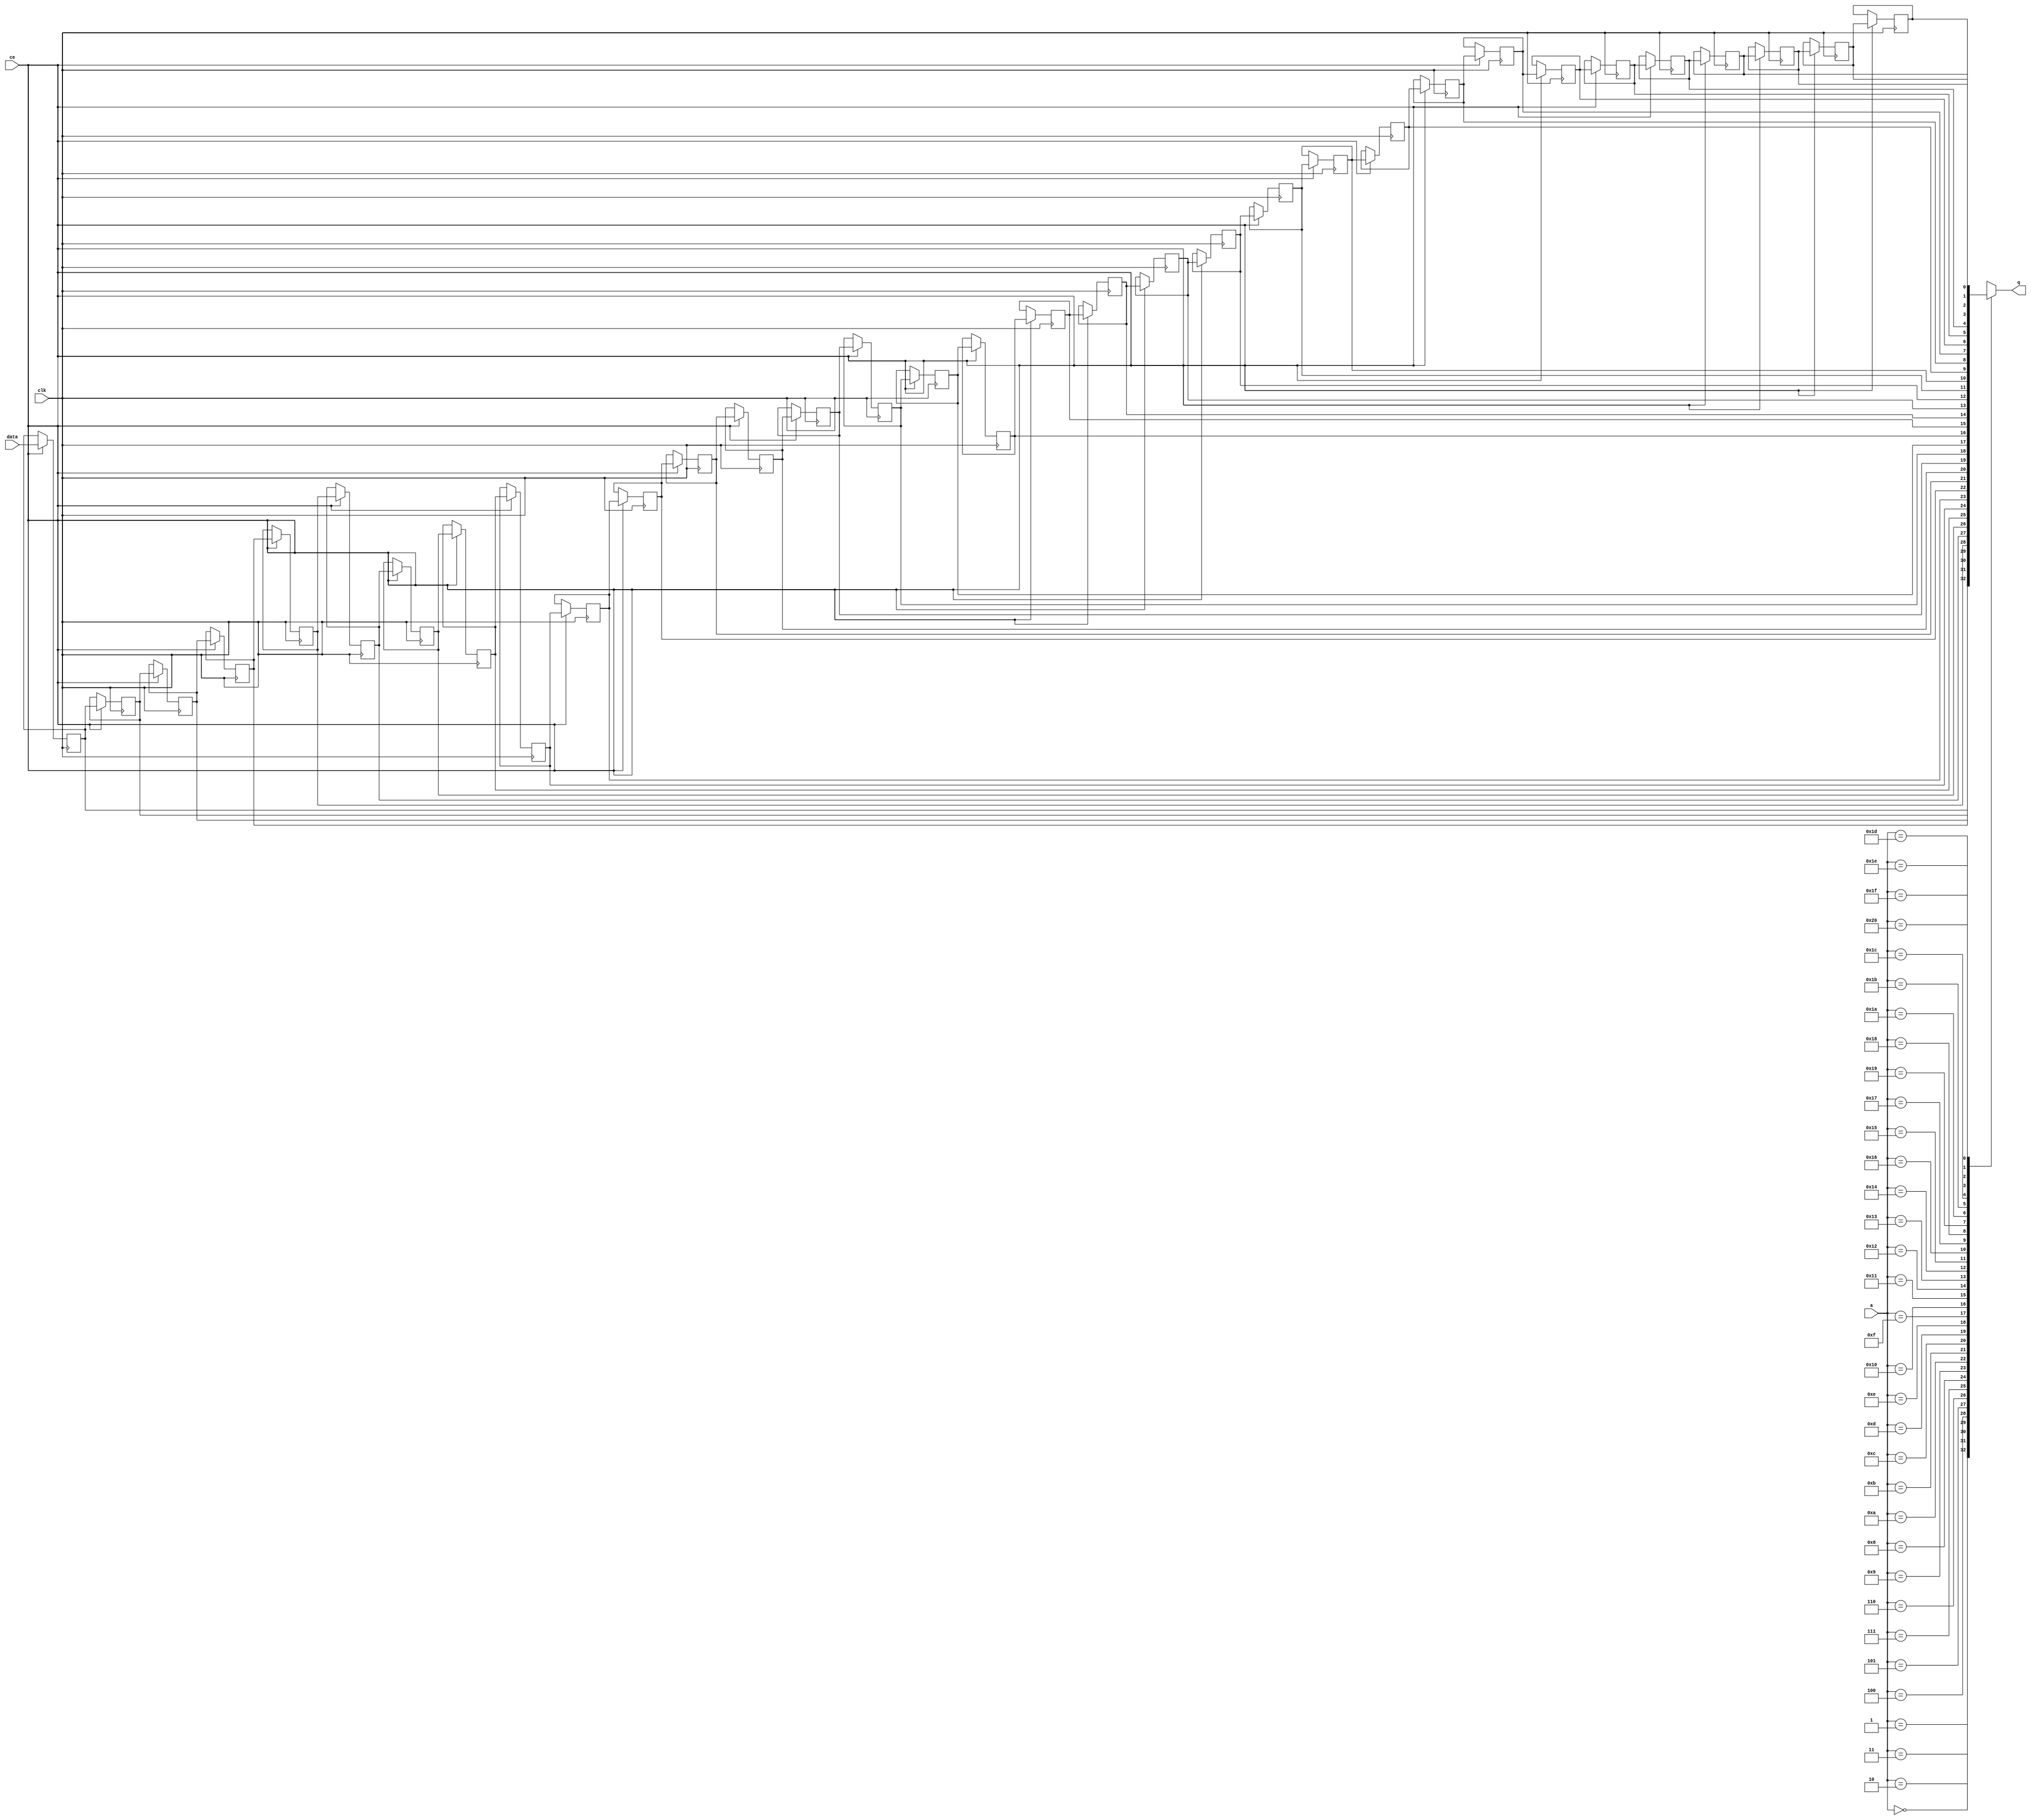
// ==============================================================
// File generated by Vivado(TM) HLS - High-Level Synthesis from C, C++ and SystemC
// Version: 2015.1
// Copyright (C) 2015 Xilinx Inc. All rights reserved.
// 
// ==============================================================


`timescale 1 ns / 1 ps

module FIFO_udp_outputPathWriteFunction2checks_1_shiftReg (
    clk,
    data,
    ce,
    a,
    q);

parameter DATA_WIDTH = 32'd1;
parameter ADDR_WIDTH = 32'd6;
parameter DEPTH = 32'd33;

input clk;
input [DATA_WIDTH-1:0] data;
input ce;
input [ADDR_WIDTH-1:0] a;
output [DATA_WIDTH-1:0] q;

reg[DATA_WIDTH-1:0] SRL_SIG [0:DEPTH-1];
integer i;

always @ (posedge clk)
    begin
        if (ce)
        begin
            for (i=0;i<DEPTH-1;i=i+1)
                SRL_SIG[i+1] <= SRL_SIG[i];
            SRL_SIG[0] <= data;
        end
    end

assign q = SRL_SIG[a];

endmodule

module FIFO_udp_outputPathWriteFunction2checks_1 (
    clk,
    reset,
    if_empty_n,
    if_read_ce,
    if_read,
    if_dout,
    if_full_n,
    if_write_ce,
    if_write,
    if_din);

parameter MEM_STYLE = "shiftreg";
parameter DATA_WIDTH = 32'd1;
parameter ADDR_WIDTH = 32'd6;
parameter DEPTH = 32'd33;

input clk;
input reset;
output if_empty_n;
input if_read_ce;
input if_read;
output[DATA_WIDTH - 1:0] if_dout;
output if_full_n;
input if_write_ce;
input if_write;
input[DATA_WIDTH - 1:0] if_din;

wire[ADDR_WIDTH - 1:0] shiftReg_addr ;
wire[DATA_WIDTH - 1:0] shiftReg_data, shiftReg_q;
reg[ADDR_WIDTH:0] mOutPtr = {(ADDR_WIDTH+1){1'b1}};
reg internal_empty_n = 0, internal_full_n = 1;

assign if_empty_n = internal_empty_n;
assign if_full_n = internal_full_n;
assign shiftReg_data = if_din;
assign if_dout = shiftReg_q;

always @ (posedge clk) begin
    if (reset == 1'b1)
    begin
        mOutPtr <= ~{ADDR_WIDTH+1{1'b0}};
        internal_empty_n <= 1'b0;
        internal_full_n <= 1'b1;
    end
    else begin
        if (((if_read & if_read_ce) == 1 & internal_empty_n == 1) && 
            ((if_write & if_write_ce) == 0 | internal_full_n == 0))
        begin
            mOutPtr <= mOutPtr -1;
            if (mOutPtr == 0)
                internal_empty_n <= 1'b0;
            internal_full_n <= 1'b1;
        end 
        else if (((if_read & if_read_ce) == 0 | internal_empty_n == 0) && 
            ((if_write & if_write_ce) == 1 & internal_full_n == 1))
        begin
            mOutPtr <= mOutPtr +1;
            internal_empty_n <= 1'b1;
            if (mOutPtr == DEPTH-2)
                internal_full_n <= 1'b0;
        end 
    end
end

assign shiftReg_addr = mOutPtr[ADDR_WIDTH] == 1'b0 ? mOutPtr[ADDR_WIDTH-1:0]:{ADDR_WIDTH{1'b0}};
assign shiftReg_ce = (if_write & if_write_ce) & internal_full_n;

FIFO_udp_outputPathWriteFunction2checks_1_shiftReg 
#(
    .DATA_WIDTH(DATA_WIDTH),
    .ADDR_WIDTH(ADDR_WIDTH),
    .DEPTH(DEPTH))
U_FIFO_udp_outputPathWriteFunction2checks_1_ram (
    .clk(clk),
    .data(shiftReg_data),
    .ce(shiftReg_ce),
    .a(shiftReg_addr),
    .q(shiftReg_q));

endmodule